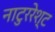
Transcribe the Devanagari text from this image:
नाटुररेश्ट